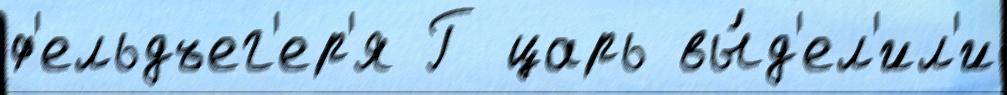
ф'ельдъег'ер'я Г царь вы́д'ел'ил'и